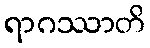
ရာဂဿာတိ